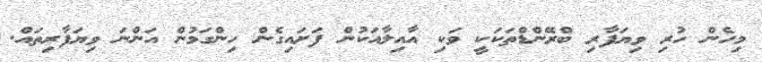
މިހެން ހުރި ވިޔަފާރި ބްރޭންޑްތަކަކީ ވަކި އާއިލާއަކުން ފަށައިގެން ހިންގަމުން އަންނަ ވިޔަފާރިތައް.